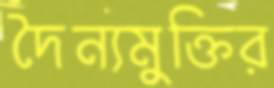
দৈন্যমুক্তির